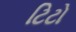
ટિટો